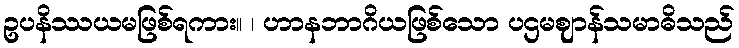
ဥပနိဿယမဖြစ်ရကား။ ၊ ဟာနဘာဂိယဖြစ်သော ပဌမဈာန်သမာဓိသည်